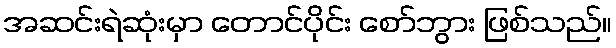
အဆင်းရဲဆုံးမှာ တောင်ပိုင်း စော်ဘွား ဖြစ်သည်။